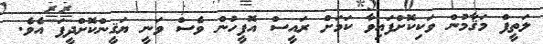
ލަތީފް މަޤާމުން ވަކިކޮށްފައިވާ ކަމަށް ރައީސް އޮފީހުން ވެސް ވަނީ ޔަޤީންކޮށްދީފަ އެވެ.